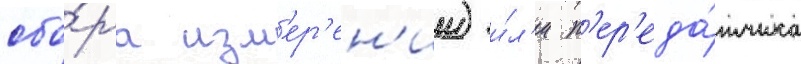
сбо́ра изм'ер'ен'ии) и́л'и п'ер'еда́тчика